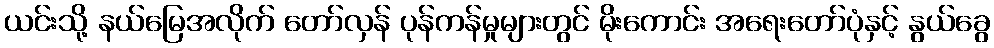
ယင်းသို့ နယ်မြေအလိုက် တော်လှန် ပုန်ကန်မှုများတွင် မိုးကောင်း အရေးတော်ပုံနှင့် နွယ်ခွေ